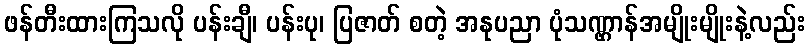
ဖန်တီးထားကြသလို ပန်းချီ၊ ပန်းပု၊ ပြဇာတ် စတဲ့ အနုပညာ ပုံသဏ္ဌာန်အမျိုးမျိုးနဲ့လည်း